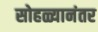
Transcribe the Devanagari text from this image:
सोहळ्यानंतर